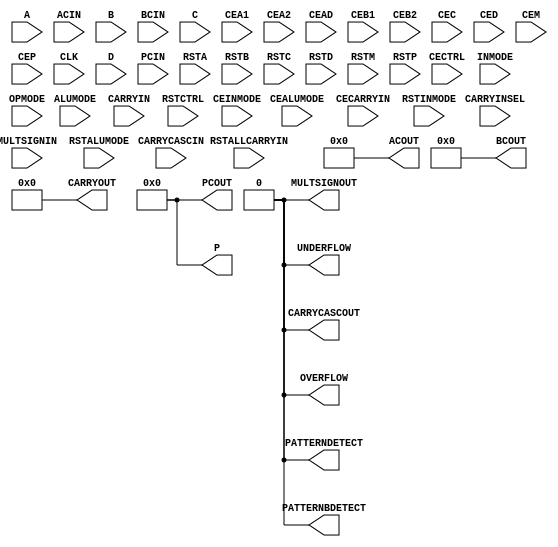
module DSP48E1 (

  ACOUT,
  BCOUT,
  CARRYCASCOUT,
  CARRYOUT,
  MULTSIGNOUT,
  OVERFLOW,
  P,
  PATTERNBDETECT,
  PATTERNDETECT,
  PCOUT,
  UNDERFLOW,
  A,
  ACIN,
  ALUMODE,
  B,
  BCIN,
  C,
  CARRYCASCIN,
  CARRYIN,
  CARRYINSEL,
  CEA1,
  CEA2,
  CEAD,
  CEALUMODE,
  CEB1,
  CEB2,
  CEC,
  CECARRYIN,
  CECTRL,
  CED,
  CEINMODE,
  CEM,
  CEP,
  CLK,
  D,
  INMODE,
  MULTSIGNIN,
  OPMODE,
  PCIN,
  RSTA,
  RSTALLCARRYIN,
  RSTALUMODE,
  RSTB,
  RSTC,
  RSTCTRL,
  RSTD,
  RSTINMODE,
  RSTM,
  RSTP);

  parameter ACASCREG = 1;
  parameter ADREG = 1;
  parameter ALUMODEREG = 1;
  parameter AREG = 1;
  parameter AUTORESET_PATDET = "NO_RESET";
  parameter A_INPUT = "DIRECT";
  parameter BCASCREG = 1;
  parameter BREG = 1;
  parameter B_INPUT = "DIRECT";
  parameter CARRYINREG = 1;
  parameter CARRYINSELREG = 1;
  parameter CREG = 1;
  parameter DREG = 1;
  parameter INMODEREG = 1;
  parameter MASK = 'h3fffffffffff;
  parameter MREG = 1;
  parameter OPMODEREG = 1;
  parameter PATTERN = 0;
  parameter PREG = 1;
  parameter SEL_MASK = "MASK";
  parameter SEL_PATTERN = "PATTERN";
  parameter USE_DPORT = 0;
  parameter USE_MULT = "MULTIPLY";
  parameter USE_PATTERN_DETECT = "NO_PATDET";
  parameter USE_SIMD = "ONE48";

  output  [29:0]  ACOUT;
  output  [17:0]  BCOUT;
  output          CARRYCASCOUT;
  output  [ 3:0]  CARRYOUT;
  output          MULTSIGNOUT;
  output          OVERFLOW;
  output  [47:0]  P;
  output          PATTERNBDETECT;
  output          PATTERNDETECT;
  output  [47:0]  PCOUT;
  output          UNDERFLOW;
  input   [29:0]  A;
  input   [29:0]  ACIN;
  input   [ 3:0]  ALUMODE;
  input   [17:0]  B;
  input   [17:0]  BCIN;
  input   [47:0]  C;
  input           CARRYCASCIN;
  input           CARRYIN;
  input   [ 2:0]  CARRYINSEL;
  input           CEA1;
  input           CEA2;
  input           CEAD;
  input           CEALUMODE;
  input           CEB1;
  input           CEB2;
  input           CEC;
  input           CECARRYIN;
  input           CECTRL;
  input           CED;
  input           CEINMODE;
  input           CEM;
  input           CEP;
  input           CLK;
  input   [24:0]  D;
  input   [ 4:0]  INMODE;
  input           MULTSIGNIN;
  input   [ 6:0]  OPMODE;
  input   [47:0]  PCIN;
  input           RSTA;
  input           RSTALLCARRYIN;
  input           RSTALUMODE;
  input           RSTB;
  input           RSTC;
  input           RSTCTRL;
  input           RSTD;
  input           RSTINMODE;
  input           RSTM;
  input           RSTP;

  assign  ACOUT = 30'd0;
  assign  BCOUT = 18'd0;
  assign  CARRYCASCOUT = 1'd0;
  assign  CARRYOUT = 4'd0;
  assign  MULTSIGNOUT = 1'd0;
  assign  OVERFLOW = 1'd0;
  assign  P = 48'd0;
  assign  PATTERNBDETECT = 1'd0;
  assign  PATTERNDETECT = 1'd0;
  assign  PCOUT = 48'd0;
  assign  UNDERFLOW = 1'd0;

endmodule